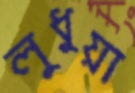
লুধুয়া